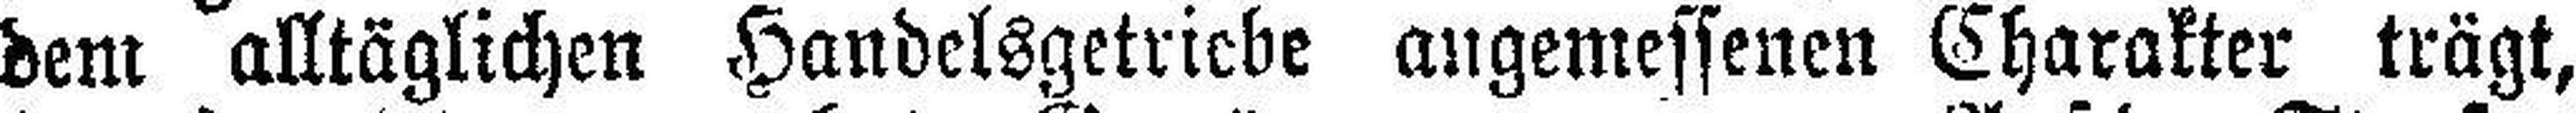
dem alltäglichen Handelsgetriebe angemessenen Charakter trägt,